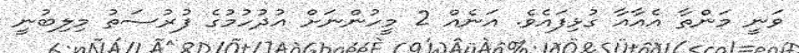
ވަނީ މަންތާ އެއާއާ ގުޅިފައެވެ. އަނެއް 2 މީހުންނަށް އުދުހުމުގެ ފުރުސަތު މިލިބުނީ